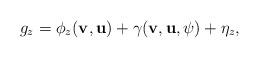
LaTeX: \begin{align*}g_{z}=\phi_{z}({\bf{v}}, {\bf{u}}) + \gamma({\bf{v}}, {\bf{u}}, \psi) + \eta_{z},\end{align*}